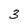
Character: 3